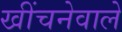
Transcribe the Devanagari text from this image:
खींचनेवाले